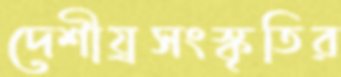
দেশীয়্রসংস্কৃতির